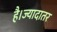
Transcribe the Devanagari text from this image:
है।ज्यादातर